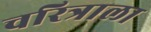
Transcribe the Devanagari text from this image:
चरित्राला